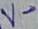
Text: V-